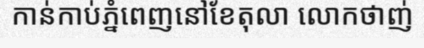
កាន់កាប់ភ្នំពេញនៅខែតុលា លោកថាញ់